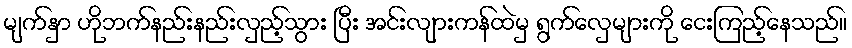
မျက်နှာ ဟိုဘက်နည်းနည်းလှည့်သွား ပြီး အင်းလျားကန်ထဲမှ ရွက်လှေများကို ငေးကြည့်နေသည်။